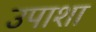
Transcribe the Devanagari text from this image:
उपाशा